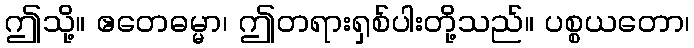
ဤသို့။ ဧတေဓမ္မာ၊ ဤတရားရှစ်ပါးတို့သည်။ ပစ္စယတော၊